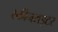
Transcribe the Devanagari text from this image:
स्क्रीनराइटर